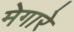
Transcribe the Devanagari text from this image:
मेगारे